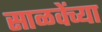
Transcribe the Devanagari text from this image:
साळवेंच्या